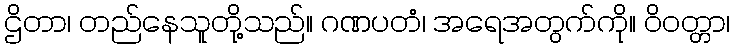
ဌိတာ၊ တည်နေသူတို့သည်။ ဂဏပတံ၊ အရေအတွက်ကို။ ဝိဝတ္တာ၊